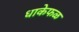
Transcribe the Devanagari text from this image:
धाकेफळ